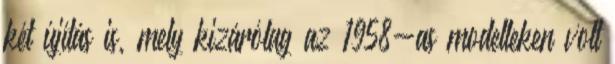
két újítás is, mely kizárólag az 1958-as modelleken volt